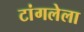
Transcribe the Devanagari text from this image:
टांगलेला